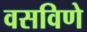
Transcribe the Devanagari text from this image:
वसविणे